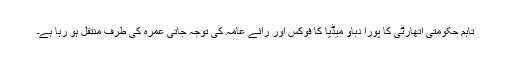
تاہم حکومتی اتھارٹی کا پورا دباو میڈیا کا فوکس اور رائے عامہ کی توجہ جاتی عمرہ کی طرف منتقل ہو رہا ہے۔